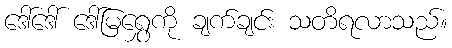
ဒေါ်ဒေါ် ဒေါ်မြရွှေကို ချက်ချင်း သတိရလာသည်။